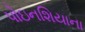
પોઇનશિયાના